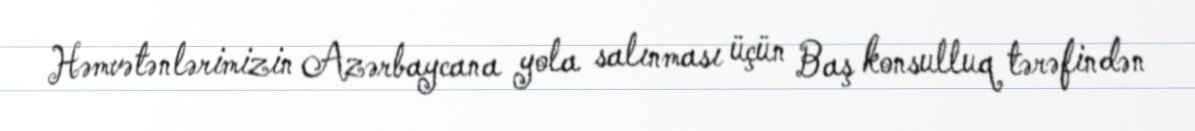
Həmvətənlərimizin Azərbaycana yola salınması üçün Baş konsulluq tərəfindən